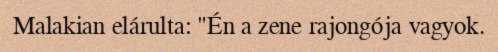
Malakian elárulta: "Én a zene rajongója vagyok.